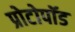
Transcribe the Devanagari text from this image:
प्रोटोपॉड